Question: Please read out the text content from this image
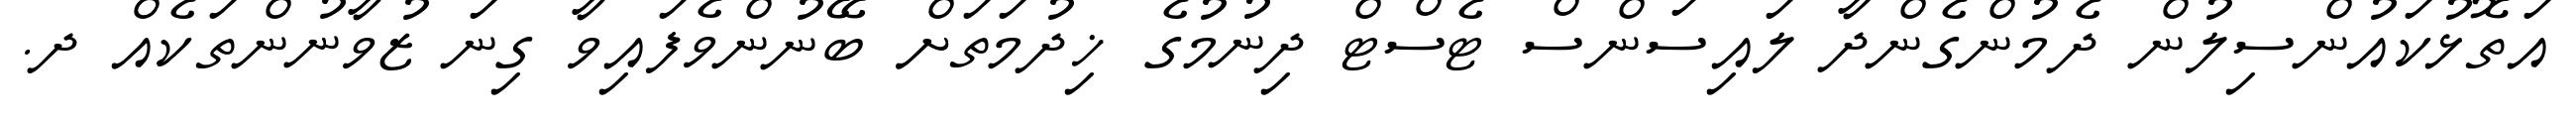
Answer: އަތޮޅުކައުންސިލުން ދެމުންގެންދާ ލައިސަންސް ޓެސްޓް ދިނުމުގެ ޚިދުމަތަށް ބޭނުންވެފައިވާ ގިނަ ޒުވާނުންތަކެއް ދ.